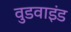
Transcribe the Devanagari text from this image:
वुडवाइंड